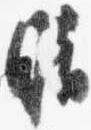
晴